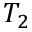
T _ { 2 }